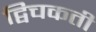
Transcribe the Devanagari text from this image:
द्विचकती